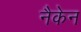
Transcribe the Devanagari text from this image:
नैकेन